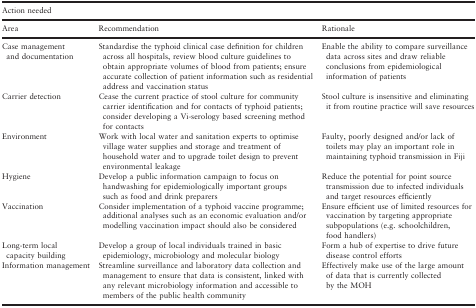
<table><thead><tr><td colspan="3"><b>Action needed</b></td></tr><tr><td><b>Area</b></td><td><b>Recommendation</b></td><td><b>Rationale</b></td></tr></thead><tbody><tr><td>Case management and documentation</td><td>Standardise the typhoid clinical case definition for children across all hospitals, review blood culture guidelines to obtain appropriate volumes of blood from patients; ensure accurate collection of patient information such as residential address and vaccination status</td><td>Enable the ability to compare surveillance data across sites and draw reliable conclusions from epidemiological information of patients</td></tr><tr><td>Carrier detection</td><td>Cease the current practice of stool culture for community carrier identification and for contacts of typhoid patients; consider developing a Vi-serology based screening method for contacts</td><td>Stool culture is insensitive and eliminating it from routine practice will save resources</td></tr><tr><td>Environment</td><td>Work with local water and sanitation experts to optimise village water supplies and storage and treatment of household water and to upgrade toilet design to prevent environmental leakage</td><td>Faulty, poorly designed and/or lack of toilets may play an important role in maintaining typhoid transmission in Fiji</td></tr><tr><td>Hygiene</td><td>Develop a public information campaign to focus on handwashing for epidemiologically important groups such as food and drink preparers</td><td>Reduce the potential for point source transmission due to infected individuals and target resources efficiently</td></tr><tr><td>Vaccination</td><td>Consider implementation of a typhoid vaccine programme; additional analyses such as an economic evaluation and/or modelling vaccination impact should also be considered</td><td>Ensure efficient use of limited resources for vaccination by targeting appropriate subpopulations (e.g. schoolchildren, food handlers)</td></tr><tr><td>Long-term local capacity building</td><td>Develop a group of local individuals trained in basic epidemiology, microbiology and molecular biology</td><td>Form a hub of expertise to drive future disease control efforts</td></tr><tr><td>Information management</td><td>Streamline surveillance and laboratory data collection and management to ensure that data is consistent, linked with any relevant microbiology information and accessible to members of the public health community</td><td>Effectively make use of the large amount of data that is currently collected by the MOH</td></tr></tbody></table>